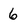
Character: 6